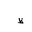
Letter: _za